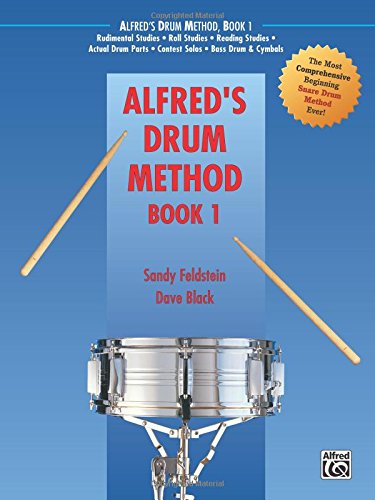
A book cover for Alfred's Drum Method, Book 1; Sandy Feldstein; Arts & Photography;